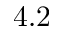
4 . 2